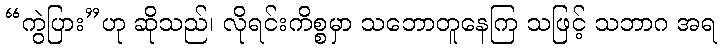
“ကွဲပြား”ဟု ဆိုသည်၊ လိုရင်းကိစ္စမှာ သဘောတူနေကြ သဖြင့် သဘာဂ အရ